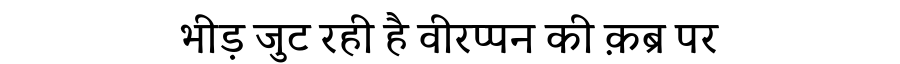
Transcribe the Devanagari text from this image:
भीड़ जुट रही है वीरप्पन की क़ब्र पर